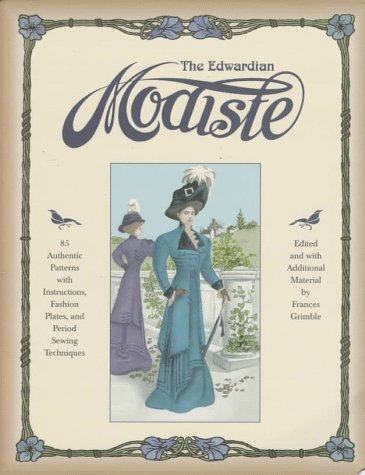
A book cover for The Edwardian Modiste: 85 Authentic Patterns with Instructions, Fashion Plates, and Period Sewing Techniques; Crafts, Hobbies & Home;